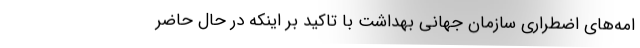
امه‌های اضطراری سازمان جهانی بهداشت با تاکید بر اینکه در حال حاضر